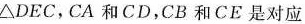
△DEC，CA和CD，CB和CE是对应